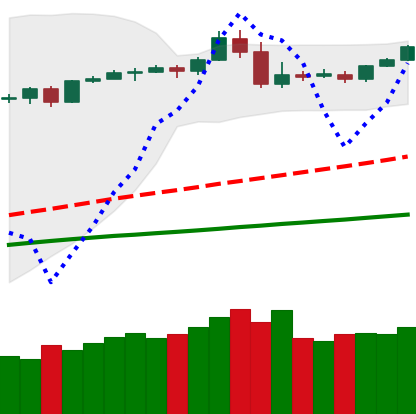
Ticker: BTC-USD
Chart end date: 2019-05-02
Forward return: 5.889%
Label: up_5_7